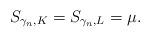
LaTeX: \begin{align*}S_{\gamma_n, K} = S_{\gamma_n, L}= \mu.\end{align*}